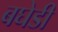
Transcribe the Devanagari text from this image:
बघेडी